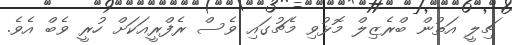
ޗިލީ އަތުން ބްރެޒިލް މޮޅުވި މެޗުގައި ވެސް ރެފްރީއަކަށް ހުރީ ވެބް އެވެ.